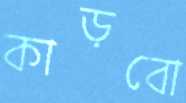
কাড়বো